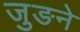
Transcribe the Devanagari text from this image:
जुङने